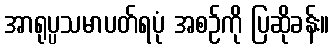
အာရုပ္ပသမာပတ်ရပုံ အစဉ်ကို ပြဆိုခန်း။